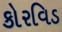
કોરવિડ